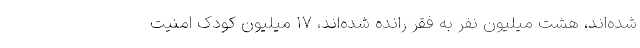
شده‌اند، هشت میلیون نفر به فقر رانده شده‌اند، ۱۷ میلیون کودک امنیت